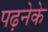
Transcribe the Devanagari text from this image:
पढ़नेके